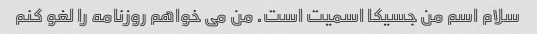
سلام اسم من جسیکا اسمیت است. من می خواهم روزنامه را لغو کنم